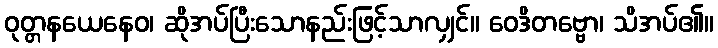
ဝုတ္တနယေနေဝ၊ ဆိုအပ်ပြီးသောနည်းဖြင့်သာလျှင်။ ဝေဒိတဗ္ဗော၊ သိအပ်၏။